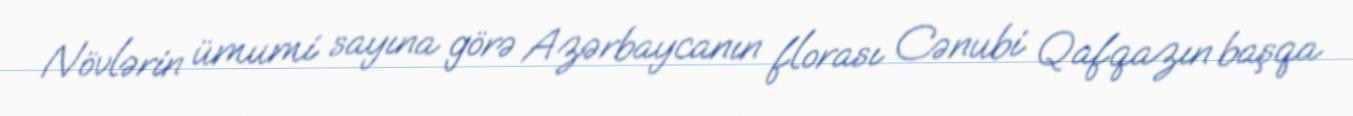
Növlərin ümumi sayına görə Azərbaycanın florası Cənubi Qafqazın başqa